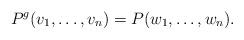
LaTeX: \begin{align*}P^g(v_1, \ldots, v_n)=P(w_1, \ldots, w_n).\end{align*}